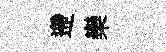
遰欒